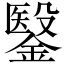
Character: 𮢶